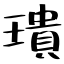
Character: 璝